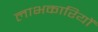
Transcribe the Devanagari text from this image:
लाभकारियों